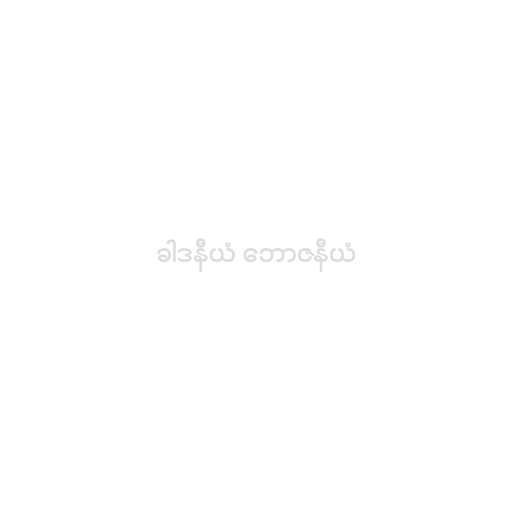
ခါဒနီယံ ဘောဇနီယံ